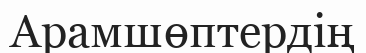
Арамшөптердің